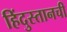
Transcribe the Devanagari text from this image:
हिंदुस्तानची